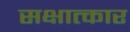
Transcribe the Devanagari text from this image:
सक्षात्कार